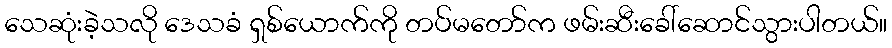
သေဆုံးခဲ့သလို ဒေသခံ ရှစ်ယောက်ကို တပ်မတော်က ဖမ်းဆီးခေါ်ဆောင်သွားပါတယ်။